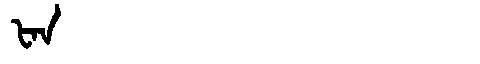
Manchu: ᡶᠠᠨ
Romanization: FAN